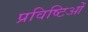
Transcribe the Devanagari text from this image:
प्रविष्टिओं